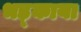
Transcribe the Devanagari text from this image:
भड़्काया